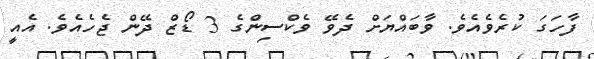
ފާހަގަ ކުރެވެއެވެ. ވާބައްޔަށް ދެވޭ ވެކްސިންގެ 3 ޑޯޒް ދޭން ޖެހެއެވެ. އެއީ